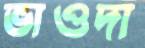
ভাওদা